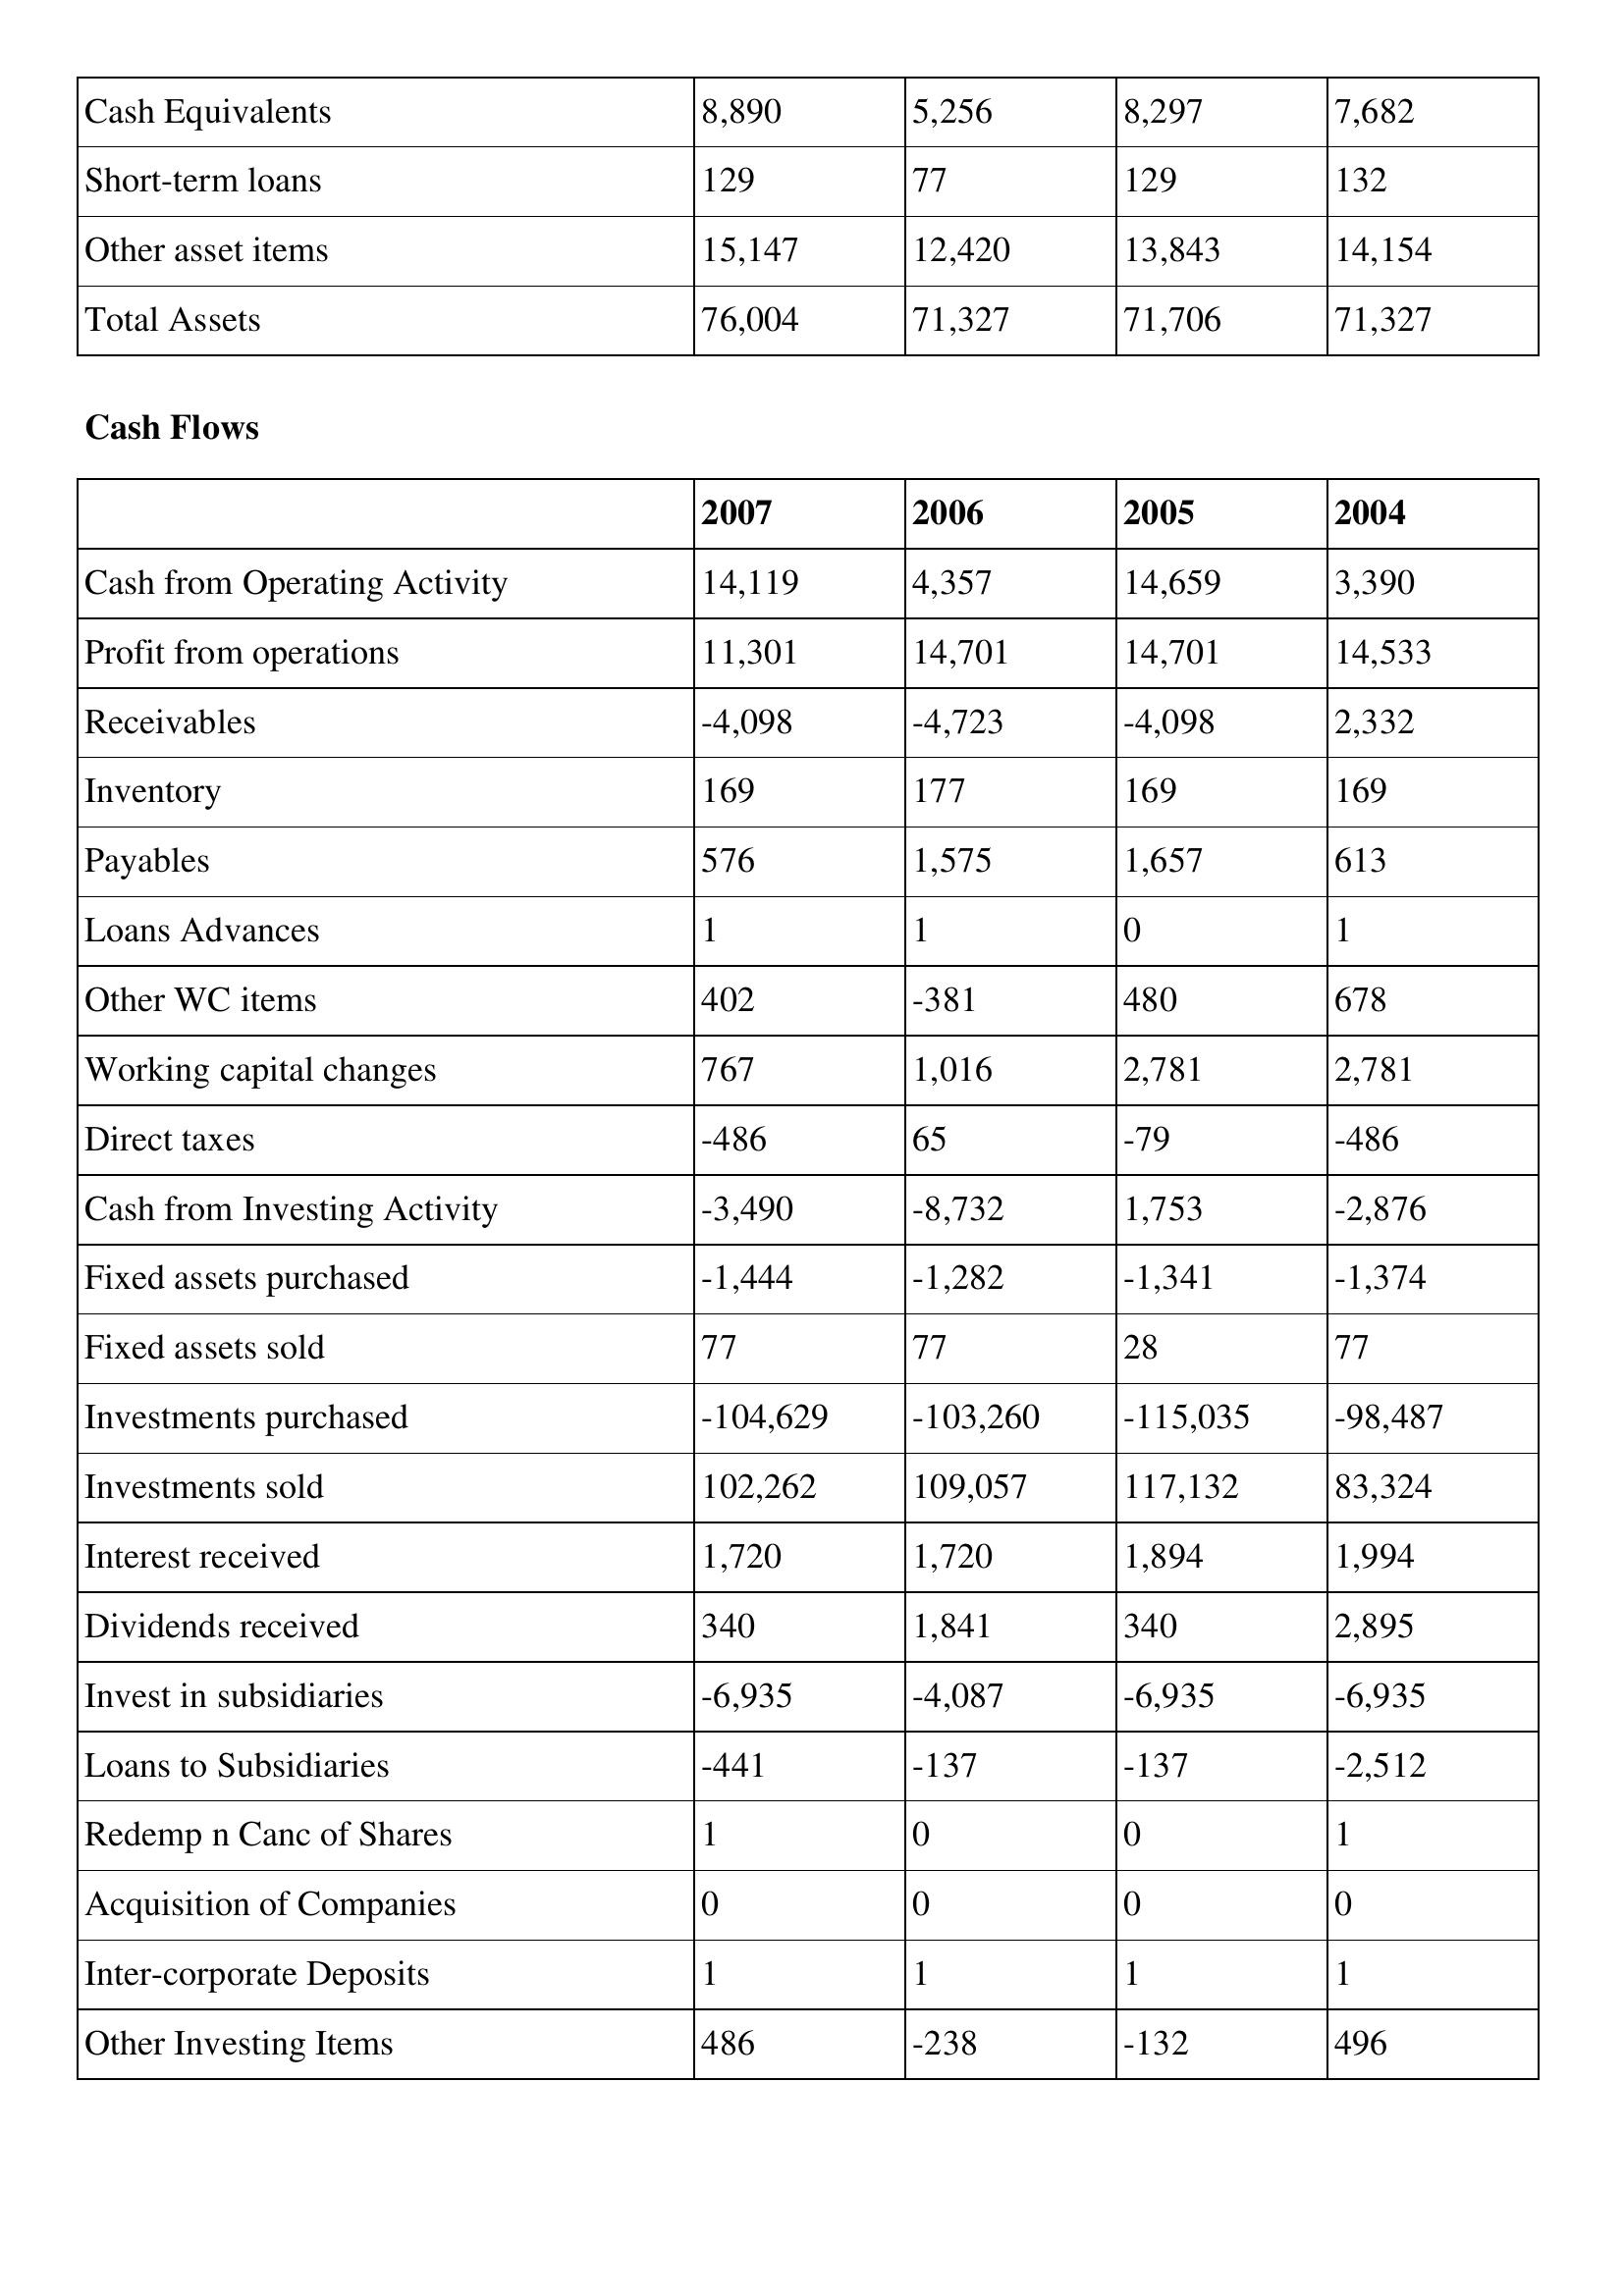
gt_parse: 2007: Balance Sheet: Cash Equivalents: 8,890
Short-term loans: 129
Other asset items: 15,147
Total Assets: 76,004
Cash Flows: Cash from Operating Activity: 14,119
Profit from operations: 11,301
Receivables: -4,098
Inventory: 169
Payables: 576
Loans Advances: 1
Other WC items: 402
Working capital changes: 767
Direct taxes: -486
Cash from Investing Activity: -3,490
Fixed assets purchased: -1,444
Fixed assets sold: 77
Investments purchased: -104,629
Investments sold: 102,262
Interest received: 1,720
Dividends received: 340
Invest in subsidiaries: -6,935
Loans to Subsidiaries: -441
Redemp n Canc of Shares: 1
Acquisition of Companies: 0
Inter-corporate Deposits: 1
Other Investing Items: 486
2006: Balance Sheet: Cash Equivalents: 5,256
Short-term loans: 77
Other asset items: 12,420
Total Assets: 71,327
Cash Flows: Cash from Operating Activity: 4,357
Profit from operations: 14,701
Receivables: -4,723
Inventory: 177
Payables: 1,575
Loans Advances: 1
Other WC items: -381
Working capital changes: 1,016
Direct taxes: 65
Cash from Investing Activity: -8,732
Fixed assets purchased: -1,282
Fixed assets sold: 77
Investments purchased: -103,260
Investments sold: 109,057
Interest received: 1,720
Dividends received: 1,841
Invest in subsidiaries: -4,087
Loans to Subsidiaries: -137
Redemp n Canc of Shares: 0
Acquisition of Companies: 0
Inter-corporate Deposits: 1
Other Investing Items: -238
2005: Balance Sheet: Cash Equivalents: 8,297
Short-term loans: 129
Other asset items: 13,843
Total Assets: 71,706
Cash Flows: Cash from Operating Activity: 14,659
Profit from operations: 14,701
Receivables: -4,098
Inventory: 169
Payables: 1,657
Loans Advances: 0
Other WC items: 480
Working capital changes: 2,781
Direct taxes: -79
Cash from Investing Activity: 1,753
Fixed assets purchased: -1,341
Fixed assets sold: 28
Investments purchased: -115,035
Investments sold: 117,132
Interest received: 1,894
Dividends received: 340
Invest in subsidiaries: -6,935
Loans to Subsidiaries: -137
Redemp n Canc of Shares: 0
Acquisition of Companies: 0
Inter-corporate Deposits: 1
Other Investing Items: -132
2004: Balance Sheet: Cash Equivalents: 7,682
Short-term loans: 132
Other asset items: 14,154
Total Assets: 71,327
Cash Flows: Cash from Operating Activity: 3,390
Profit from operations: 14,533
Receivables: 2,332
Inventory: 169
Payables: 613
Loans Advances: 1
Other WC items: 678
Working capital changes: 2,781
Direct taxes: -486
Cash from Investing Activity: -2,876
Fixed assets purchased: -1,374
Fixed assets sold: 77
Investments purchased: -98,487
Investments sold: 83,324
Interest received: 1,994
Dividends received: 2,895
Invest in subsidiaries: -6,935
Loans to Subsidiaries: -2,512
Redemp n Canc of Shares: 1
Acquisition of Companies: 0
Inter-corporate Deposits: 1
Other Investing Items: 496